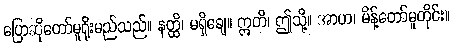
ပြောဆိုတော်မူရိုးမည်သည်။ နတ္ထိ၊ မရှိချေ။ ဣတိ၊ ဤသို့။ အာဟ၊ မိန့်တော်မူတိုင်း။